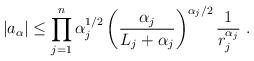
LaTeX: \begin{align*} |a_{\alpha}| \leq \prod_{j=1}^n \alpha_j^{1/2} \left(\frac{\alpha_j}{L_j+\alpha_j}\right)^{\alpha_j/2} \frac 1{r_j^{\alpha_j}}\ .\end{align*}